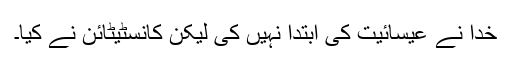
خدا نے عیسائیت کی ابتدا نہیں کی لیکن کانسٹیٹائن نے کیا۔